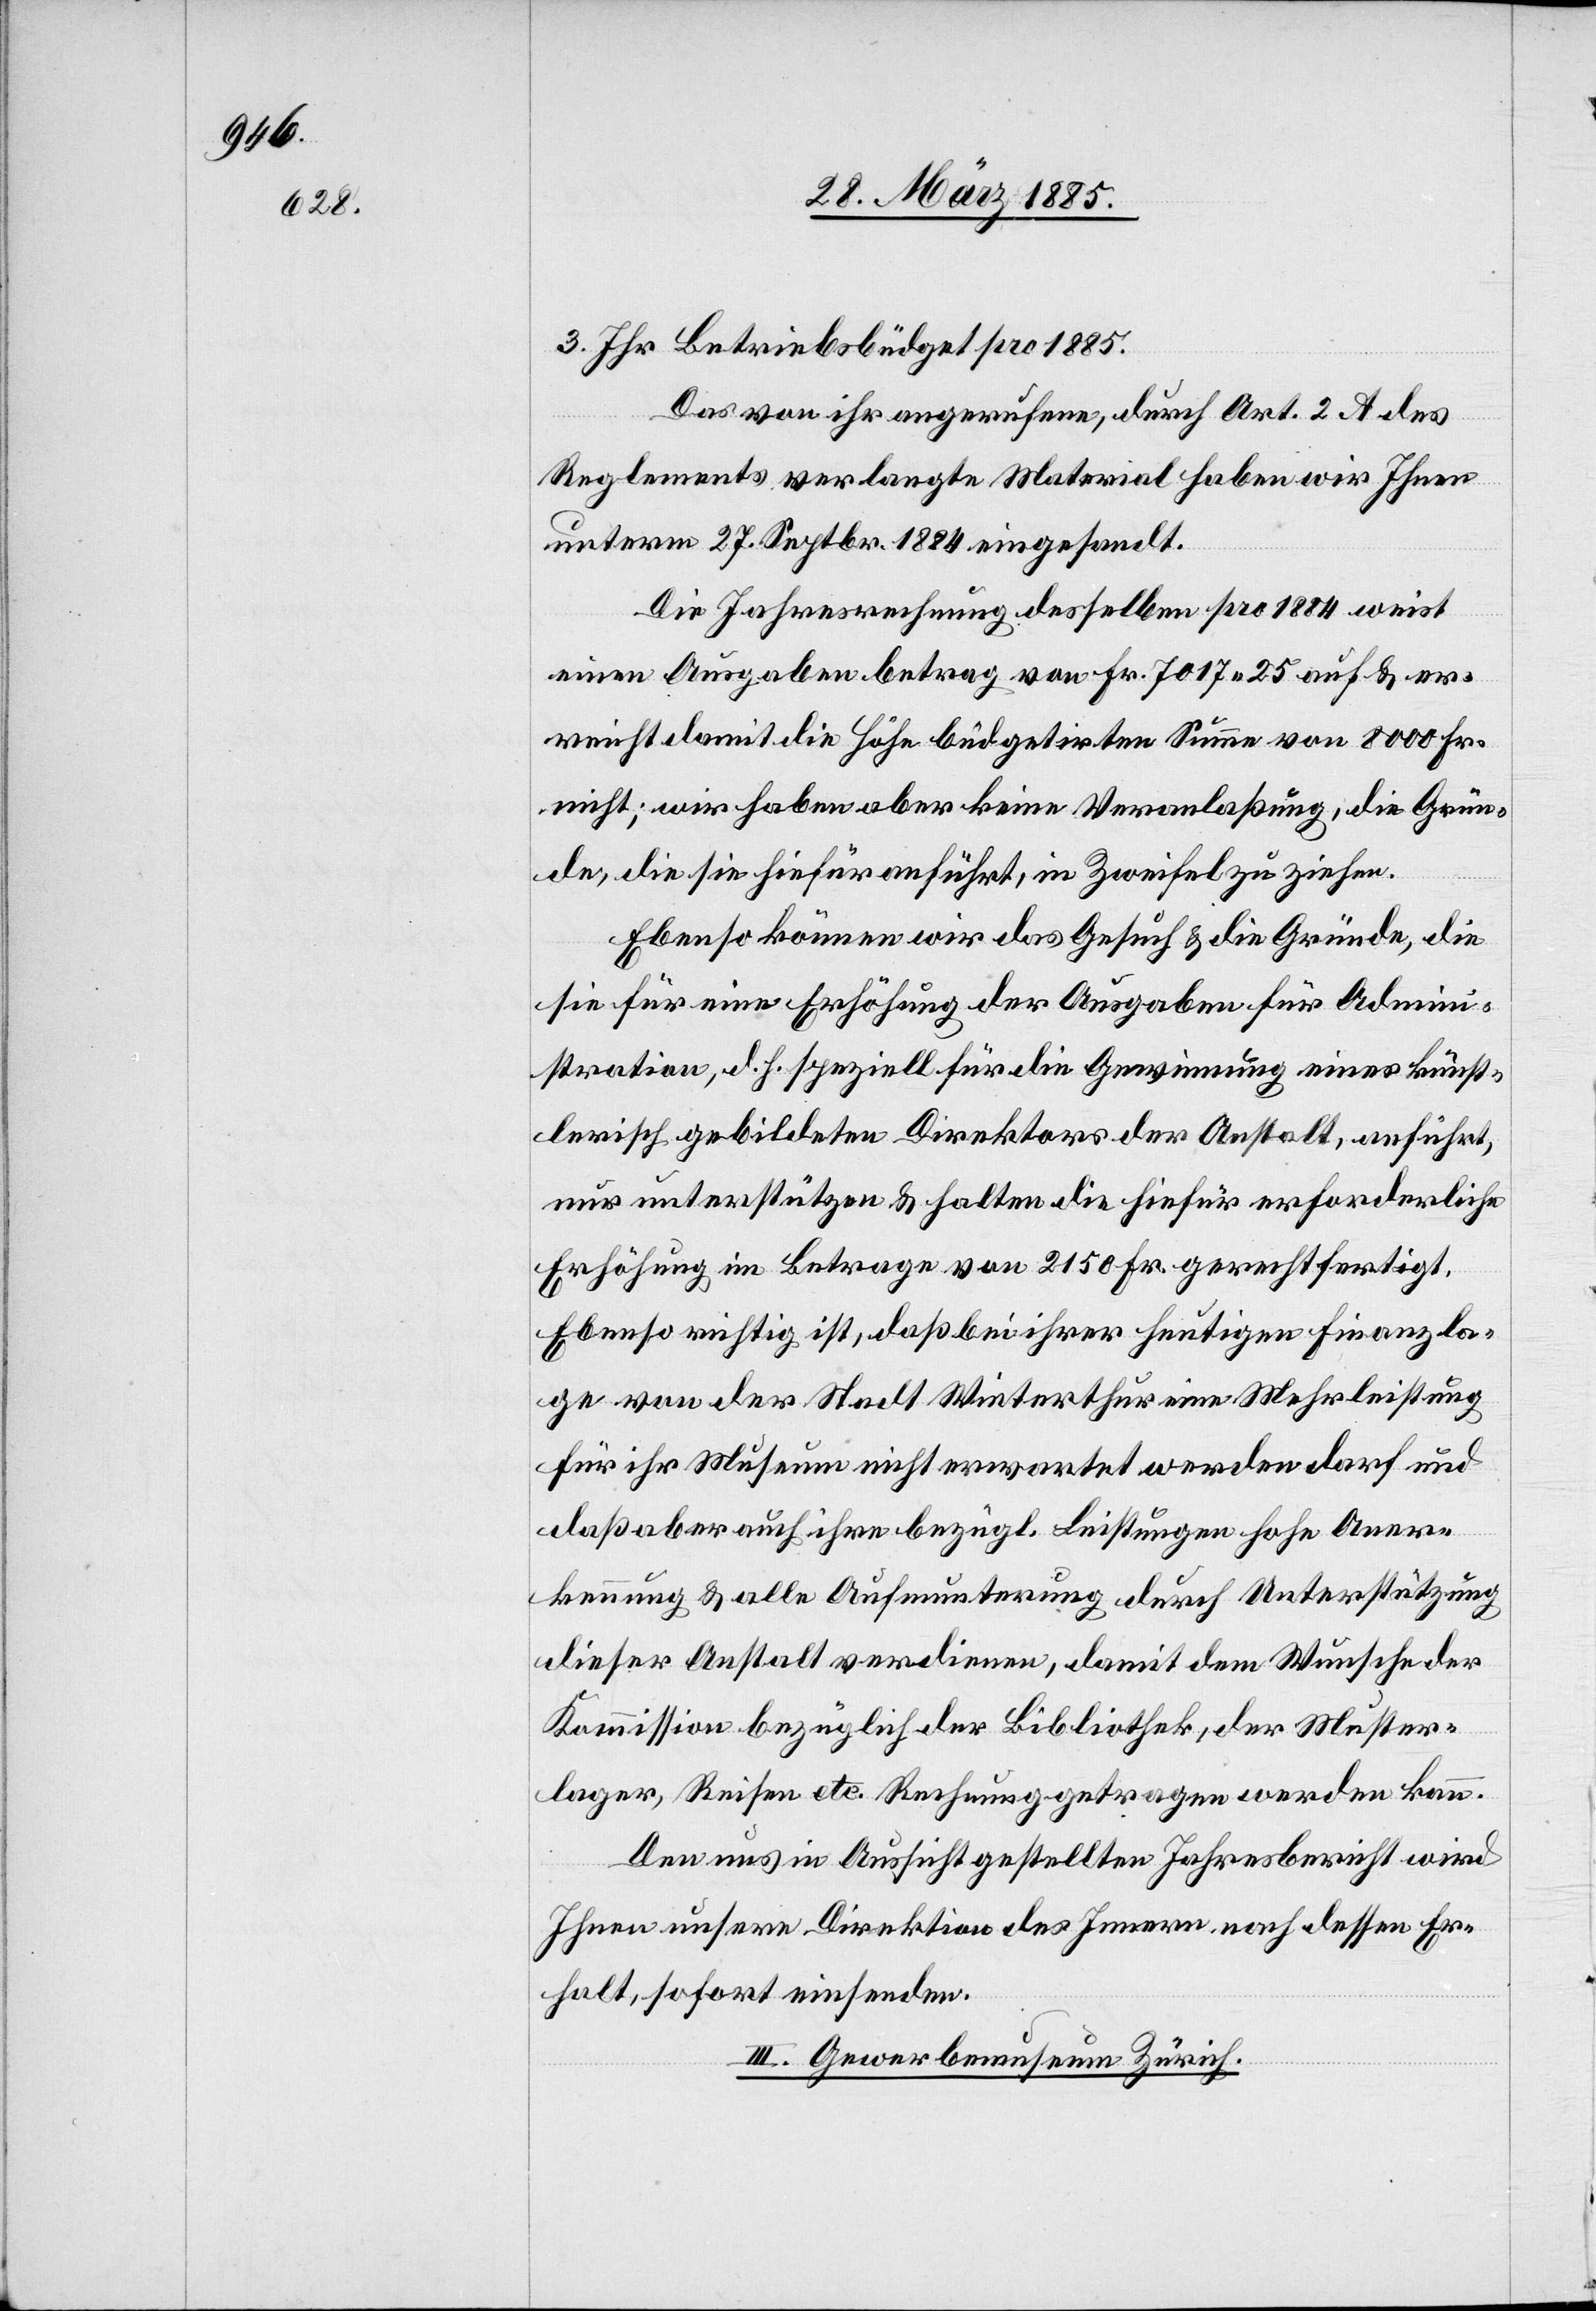
3. Ihr Betriebsbüdget pro 1885.
Das von Ihnen angerufene, durch Art. 2 A des
Reglements verlangte Material haben wir Ihnen
unterm 27. Septbr. 1884 eingesandt.
Die Jahresrechnung desselben pro 1884 weist
einen Ausgabenbetrag von Fr. 7017 25 auf & er¬
reicht damit die Höhe büdgetirten Summe von 8000 Fr.
nicht; wir haben aber keine Veranlaßung, die Grün¬
de, die sie hiefür anführt, in Zweifel zu ziehen.
Ebenso können wir das Gesuch & die Gründe, die
sie für eine Erhöhung der Ausgaben für Admini¬
stration, d. h. speziell für die Gewinnung eines künst¬
lerisch gebildeten Direktors der Anstalt, anführt,
nur unterstützen & halten die hiefür erforderliche
Erhöhung im Betrage von 2150 Fr. gerechtfertigt.
Ebenso richtig ist, daß in ihrer heutigen Finanzla¬
ge von der Stadt Winterthur eine Mehrleistung
für ihr Museum nicht erwartet werden darf und
daß aber auch ihre bezügl. Leistungen hohe Aner¬
kennung & alle Aufmunterung durch Unterstützung
dieser Anstalt verdienen, damit dem Wunsche der
Kommission bezüglich der Bibliothek, der Muster¬
lager, Reifen etc. Rechnung getragen werden kann.
Den uns in Aussicht gestellten Jahresbericht wird
Ihnen unsere Direktion des Innern nach dessen Er¬
halt, sofort einsenden.
III. Gewerbemuseum Zürich.